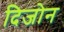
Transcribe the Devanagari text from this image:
दिजोन